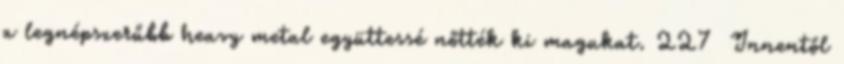
a legnépszerűbb heavy metal együttessé nőtték ki magukat. 227 Innentől